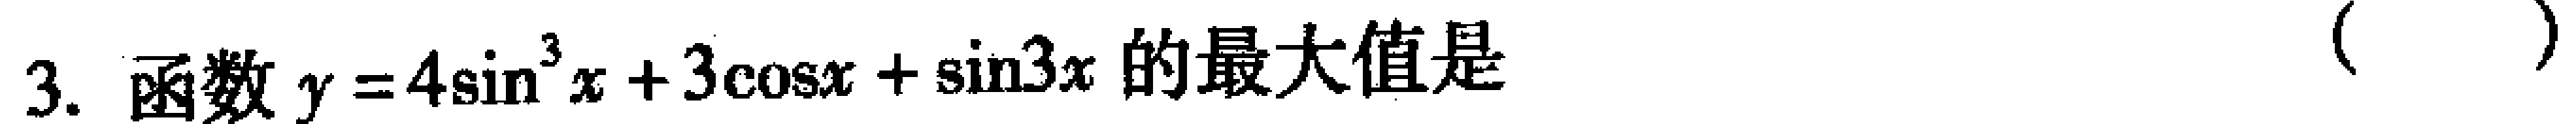
3. 函数\(y = 4\sin^{3}x + 3\cos x+\sin3x\)的最大值是 （  ）